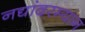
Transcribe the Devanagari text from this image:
नद्यांदरम्यान